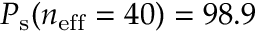
P _ { \mathrm { s } } ( n _ { \mathrm { e f f } } = 4 0 ) = 9 8 . 9 \